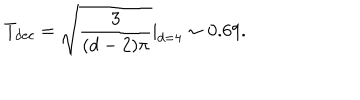
LaTeX: T _ { d e c } = \sqrt { \frac { 3 } { ( d - 2 ) \pi } } | _ { d = 4 } \sim 0 . 6 9 .